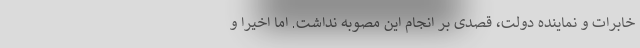
خابرات و نماینده دولت، قصدی بر انجام این مصوبه نداشت. اما اخیراً و